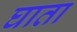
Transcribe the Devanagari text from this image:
घाता